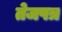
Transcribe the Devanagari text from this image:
तेजपत्र